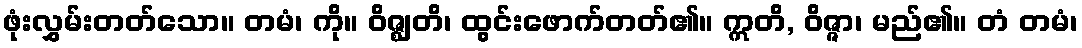
ဖုံးလွှမ်းတတ်သော။ တမံ၊ ကို။ ဝိဇ္ဈတိ၊ ထွင်းဖောက်တတ်၏။ ဣတိ, ဝိဇ္ဇာ၊ မည်၏။ တံ တမံ၊